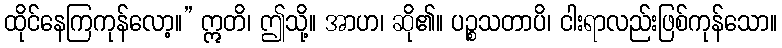
ထိုင်နေကြကုန်လော့။” ဣတိ၊ ဤသို့။ အာဟ၊ ဆို၏။ ပဉ္စသတာပိ၊ ငါးရာလည်းဖြစ်ကုန်သော။